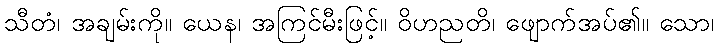
သီတံ၊ အချမ်းကို။ ယေန၊ အကြင်မီးဖြင့်။ ဝိဟညတိ၊ ဖျောက်အပ်၏။ သော၊